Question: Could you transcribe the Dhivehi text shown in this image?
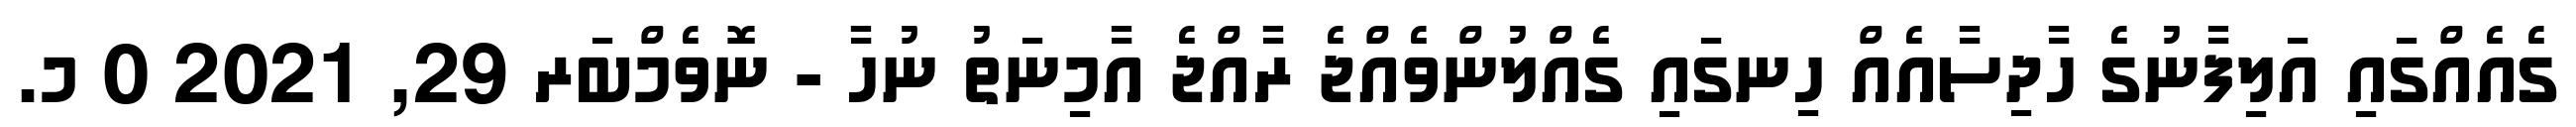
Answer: ގެއެއްގައި އަލިފާނުގެ ހާދިސާއެއް ހިނގައި ގެއްލުންވެއްޖެ ރާއްޖެ އާމިނަތު ނުހާ - ނޮވެމްބަރ 29, 2021 0 މ.